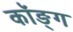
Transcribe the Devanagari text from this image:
कॉङ्‌ग